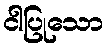
ငါပြုသော